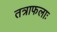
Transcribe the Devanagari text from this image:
तत्राफलाः